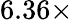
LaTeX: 6.36\times